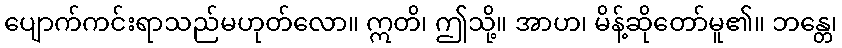
ပျောက်ကင်းရာသည်မဟုတ်လော။ ဣတိ၊ ဤသို့။ အာဟ၊ မိန့်ဆိုတော်မူ၏။ ဘန္တေ၊